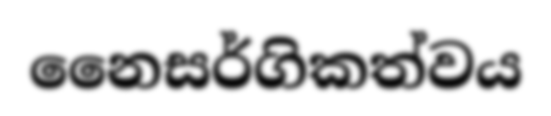
නෛසර්ගිකත්වය